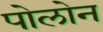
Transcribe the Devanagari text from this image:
पोलोन